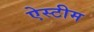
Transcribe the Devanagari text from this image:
ऐस्टीम